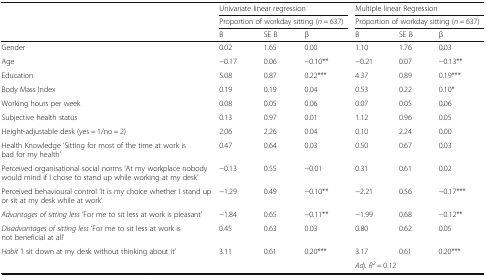
<table><thead><tr><td rowspan="3"></td><td colspan="3"><b>Univariate linear regression</b></td><td colspan="3"><b>Multiple linear Regression</b></td></tr><tr><td colspan="3"><b>Proportion of workday sitting (<i>n</i> = 637)</b></td><td colspan="3"><b>Proportion of workday sitting (<i>n</i> = 637)</b></td></tr><tr><td><b>B</b></td><td><b>SE B</b></td><td><b>β</b></td><td><b>B</b></td><td><b>SE B</b></td><td><b>β</b></td></tr></thead><tbody><tr><td>Gender</td><td>0.02</td><td>1.65</td><td>0.00</td><td>1.10</td><td>1.76</td><td>0.03</td></tr><tr><td>Age</td><td>−0.17</td><td>0.06</td><td>−0.10**</td><td>−0.21</td><td>0.07</td><td>−0.13**</td></tr><tr><td>Education</td><td>5.08</td><td>0.87</td><td>0.22***</td><td>4.37</td><td>0.89</td><td>0.19***</td></tr><tr><td>Body Mass Index</td><td>0.19</td><td>0.19</td><td>0.04</td><td>0.53</td><td>0.22</td><td>0.10*</td></tr><tr><td>Working hours per week</td><td>0.08</td><td>0.05</td><td>0.06</td><td>0.07</td><td>0.05</td><td>0.06</td></tr><tr><td>Subjective health status</td><td>0.13</td><td>0.97</td><td>0.01</td><td>1.12</td><td>0.96</td><td>0.05</td></tr><tr><td>Height-adjustable desk (yes = 1/no = 2)</td><td>2.06</td><td>2.26</td><td>0.04</td><td>0.10</td><td>2.24</td><td>0.00</td></tr><tr><td>Health Knowledge ‘Sitting for most of the time at work is bad for my health’</td><td>0.47</td><td>0.64</td><td>0.03</td><td>0.50</td><td>0.67</td><td>0.03</td></tr><tr><td>Perceived organisational social norms ‘At my workplace nobody would mind if I chose to stand up while working at my desk’</td><td>−0.13</td><td>0.55</td><td>−0.01</td><td>0.31</td><td>0.61</td><td>0.02</td></tr><tr><td>Perceived behavioural control ‘It is my choice whether I stand up or sit at my desk while at work’</td><td>−1.29</td><td>0.49</td><td>−0.10**</td><td>−2.21</td><td>0.56</td><td>−0.17***</td></tr><tr><td><i>Advantages of sitting less</i> ‘For me to sit less at work is pleasant’</td><td>−1.84</td><td>0.65</td><td>−0.11**</td><td>−1.99</td><td>0.68</td><td>−0.12**</td></tr><tr><td><i>Disadvantages of sitting less</i> ‘For me to sit less at work is not beneficial at all’</td><td>0.45</td><td>0.63</td><td>0.03</td><td>0.80</td><td>0.62</td><td>0.05</td></tr><tr><td><i>Habit</i> ‘I sit down at my desk without thinking about it’</td><td>3.11</td><td>0.61</td><td>0.20***</td><td>3.17</td><td>0.61</td><td>0.20***</td></tr><tr><td></td><td colspan="3"></td><td colspan="3"><i>Adj. R</i><sup><i>2</i></sup> = 0.12</td></tr></tbody></table>